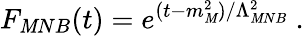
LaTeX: F_{\mathit{M}NB}(t)=e^{(t-m_{\mathit{M}}^{2})/\Lambda_{\mathit{M}NB}^{2}}\ .